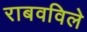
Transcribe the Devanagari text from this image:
राबवविले